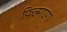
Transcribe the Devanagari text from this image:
फिल्माएगा